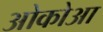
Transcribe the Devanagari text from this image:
ओकोआ